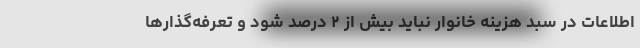
اطلاعات در سبد هزینه خانوار نباید بیش از ۲ درصد شود و تعرفه‌گذارها